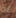
له